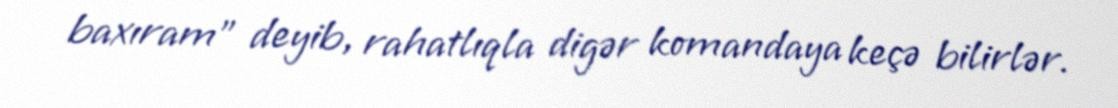
baxıram" deyib, rahatlıqla digər komandaya keçə bilirlər.